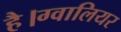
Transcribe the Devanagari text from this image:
है।ग्वालियर